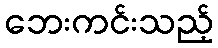
ဘေးကင်းသည့်